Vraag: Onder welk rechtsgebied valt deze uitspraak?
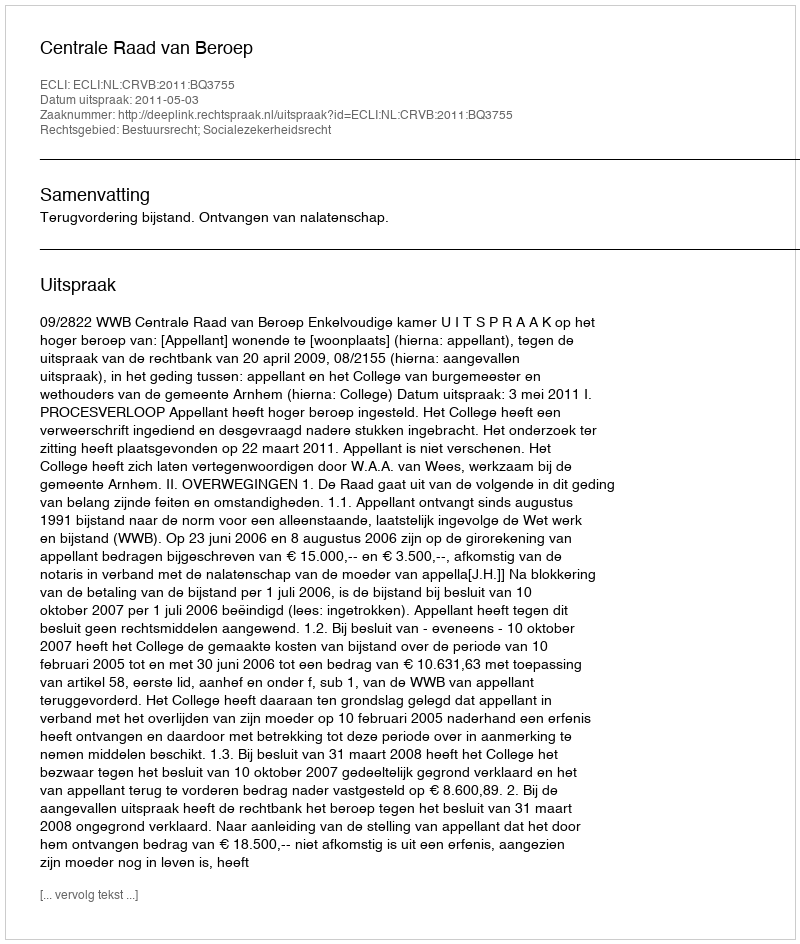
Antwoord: Bestuursrecht; Socialezekerheidsrecht